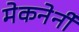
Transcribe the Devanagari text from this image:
मेकनेर्नी